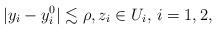
LaTeX: \begin{align*}|y_i-y^0_i|\lesssim \rho, z_i\in U_i,\, i=1,2,\end{align*}